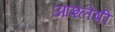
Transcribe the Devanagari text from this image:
आश्लेषी